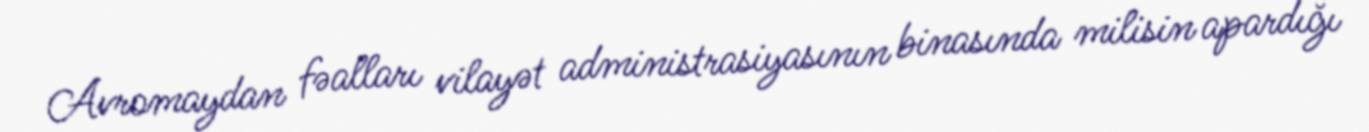
Avromaydan fəalları vilayət administrasiyasının binasında milisin apardığı